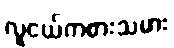
လူငယ်ကစားသမား